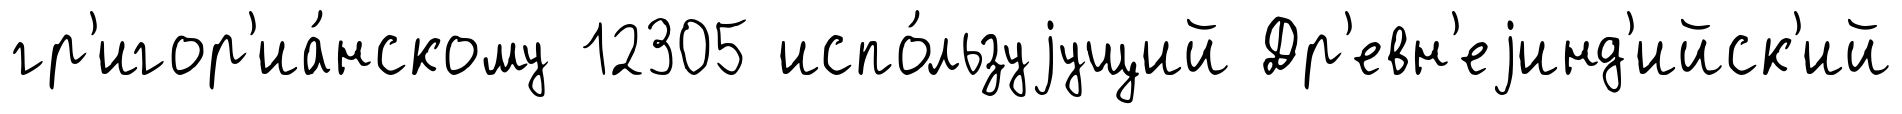
гр'игор'иа́нскому 12305 испо́льзуjущий Др'евн'еjинд'ийск'ий